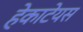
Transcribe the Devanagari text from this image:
हेकाटेयस